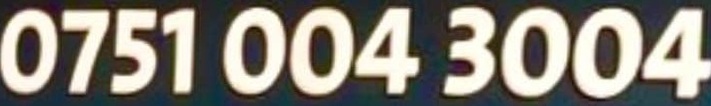
0751 004 3004